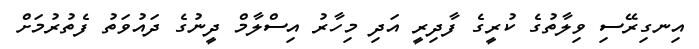
އިނގިރޭސި ވިލާތުގެ ކުރީގެ ފާދިރީ އަދި މިހާރު އިސްލާމް ދީނުގެ ދައުވަތު ފެތުރުމަށް